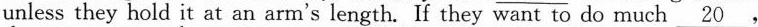
unless they hold it at an arm's length. If they want to do much \underline{20} ,